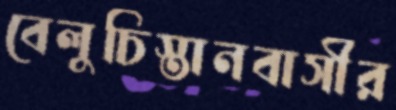
বেলুচিস্তানবাসীর